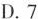
D.7